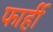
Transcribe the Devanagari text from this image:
फार्ही